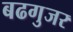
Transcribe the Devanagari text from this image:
बढगुजर